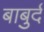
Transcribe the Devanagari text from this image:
बाबुर्द